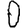
Digit: 0